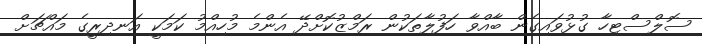
ސޮލްސްޓިހާ ގުޅުވައިގެން ބާއްވާ ހަފުލާތަކުން ރަމްޒުކޮށްދޭ އެންމެ މުހިއްމު ކަމަކީ އަނދިރީގެ މައްޗަށް